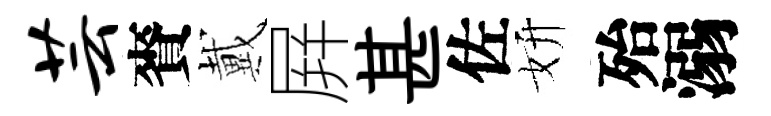
芸賚戴屛甚佐妍殆溺